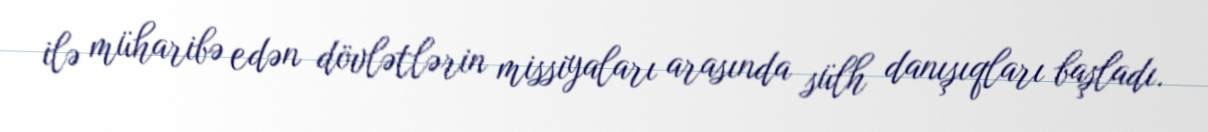
ilə müharibə edən dövlətlərin missiyaları arasında sülh danışıqları başladı.